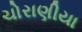
ચોરાણીયા